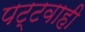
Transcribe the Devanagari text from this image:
पट्टवाही